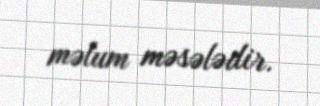
məlum məsələdir.